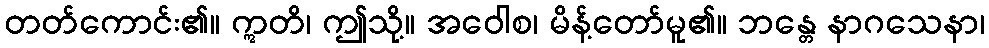
တတ်ကောင်း၏။ ဣတိ၊ ဤသို့။ အဝေါစ၊ မိန့်တော်မူ၏။ ဘန္တေ နာဂသေနာ၊